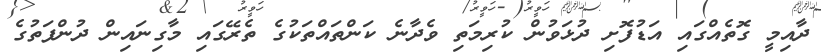
ދާއިމީ ގޮތެއްގައި އަޑުފޮށި ދުޅަވުން ކުރިމަތި ވެދާނެ ކަންތައްތަކުގެ ތެރޭގައި މާގިނައިން ދުންފަތުގެ